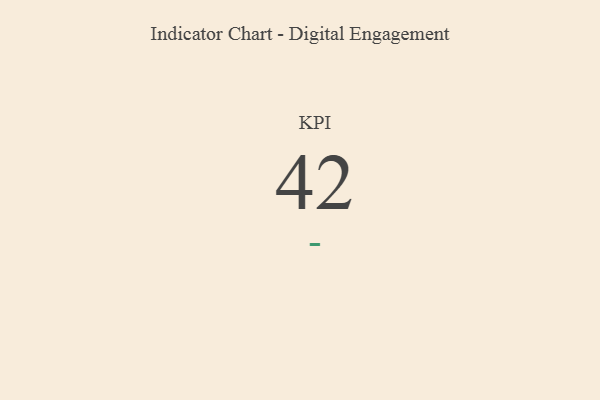
{"axis": {"x": "KPI", "y": "Value"}, "legend": [""], "data": [{"x": "KPI", "y": 42, "type": ""}]}